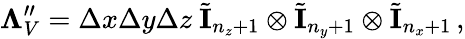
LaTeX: \mathbf\Lambda_{V}^{\prime\prime}=\Delta x\Delta y\Delta z\ \tilde{\mathbf I}_{n_{z}+1}\otimes\tilde{\mathbf I}_{n_{y}+1}\otimes\tilde{\mathbf I}_{n_{x}+1}\, ,